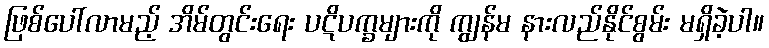
ဖြစ်ပေါ်လာမည့် အိမ်တွင်းရေး ပဋိပက္ခများကို ကျွန်မ နားလည်နိုင်စွမ်း မရှိခဲ့ပါ။